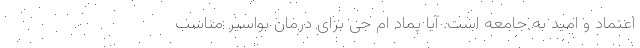
اعتماد و امید به جامعه است. آیا پماد ام جی برای درمان بواسیر مناسب